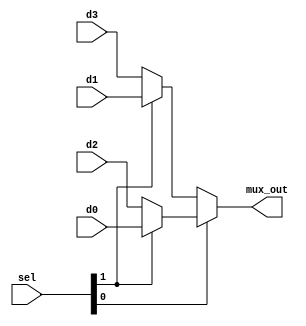
// ======================================================================
// Affiliation:			Tsinghua Univ
// Module Name:			mux4_1
// Description:			4:1 MUX
// Additional Comments:	VL1 on nowcoder
// ======================================================================

`timescale 1ns/1ns

module mux4_1 (
	input	wire	[1: 0]		d0,
	input	wire	[1: 0]		d1,
	input	wire	[1: 0]		d2,
	input	wire	[1: 0]		d3,
	input	wire	[1: 0]		sel,
	output	wire	[1: 0]		mux_out
);

assign	mux_out  =  sel[0] ? (sel[1] ? d0 : d2) : (sel[1] ? d1 : d3);

endmodule